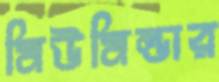
মিউমিল্ডার